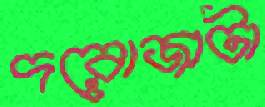
দরোজাটা